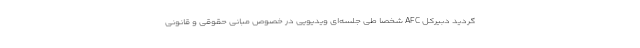
گردید دبیرکل AFC شخصاً طی جلسه‌ای ویدیویی در خصوص مبانی حقوقی و قانونی